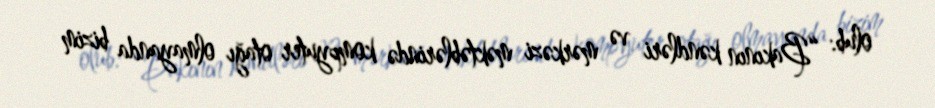
olub: “Bakının kəndləri və mərkəzi məktəblərində kompyuter otağı olmayanda bizim